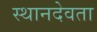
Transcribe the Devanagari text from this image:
स्थानदेवता